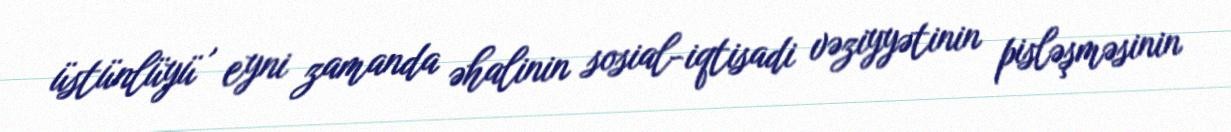
üstünlüyü , eyni zamanda əhalinin sosial-iqtisadi vəziyyətinin pisləşməsinin